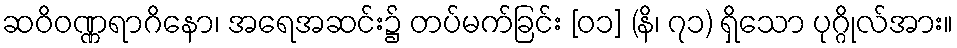
ဆဝိဝဏ္ဏရာဂိနော၊ အရေအဆင်း၌ တပ်မက်ခြင်း [၀၁] (နိ၊ ၇၁) ရှိသော ပုဂ္ဂိုလ်အား။